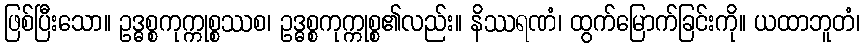
ဖြစ်ပြီးသော။ ဥဒ္ဓစ္စကုက္ကုစ္စဿစ၊ ဥဒ္ဓစ္စကုက္ကုစ္စ၏လည်း။ နိဿရဏံ၊ ထွက်မြောက်ခြင်းကို။ ယထာဘူတံ၊